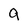
Character: 9